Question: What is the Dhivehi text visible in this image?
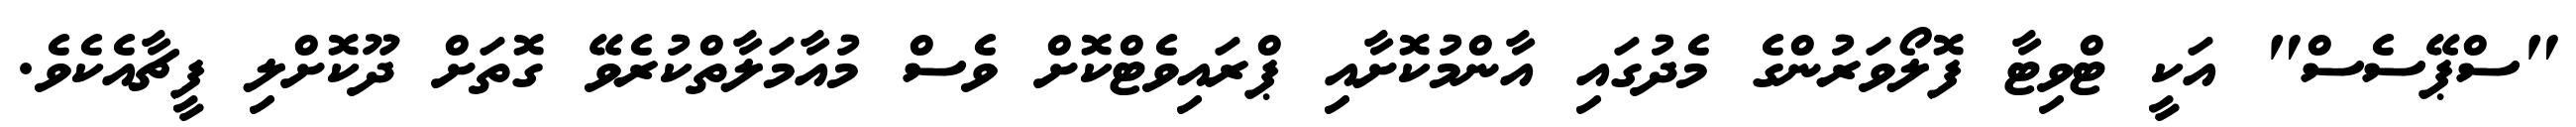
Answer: "ސްޕޭސެސް" އަކީ ޓްވިޓާ ފޮލޯވަރުންގެ މެދުގައި އާންމުކޮށާއި ޕްރައިވެޓްކޮށް ވެސް މުއާމަލާތްކުރެވޭ ގޮތަށް ދޫކޮށްލި ފީޗާއެކެވެ.